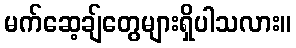
မက်ဆေ့ချ်တွေများရှိပါသလား။